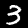
Label: 3